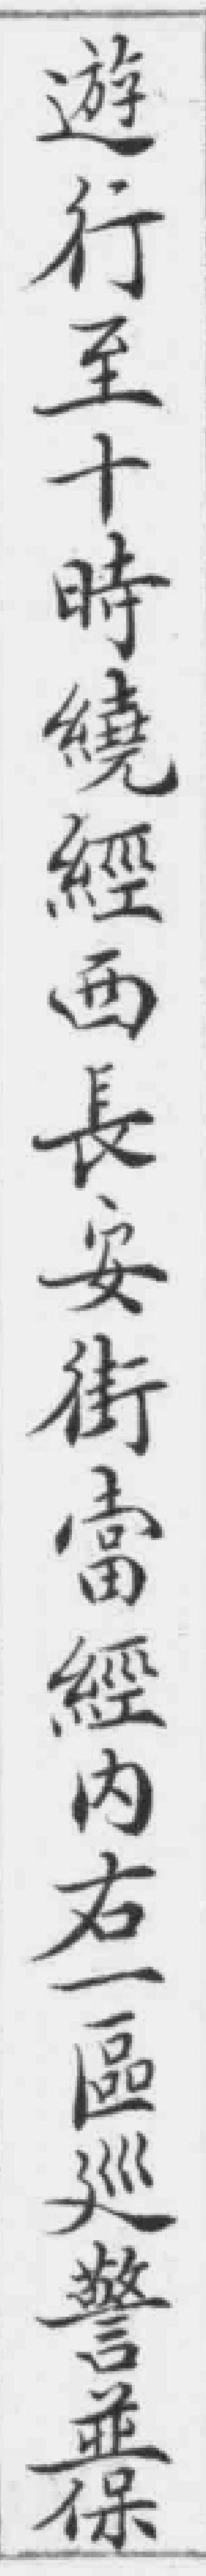
遊行至十時繞經西長安街當經內右一區巡警並保